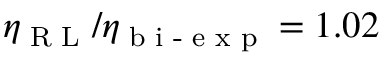
\eta _ { \textrm { R L } } / \eta _ { \textrm { b i - e x p } } = 1 . 0 2